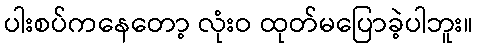
ပါးစပ်ကနေတော့ လုံးဝ ထုတ်မပြောခဲ့ပါဘူး။